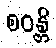
စဝန္တိ